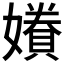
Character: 𫲂